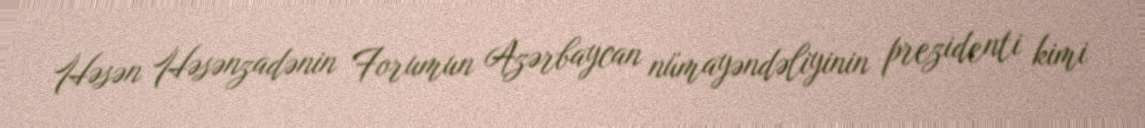
Həsən Həsənzadənin Forumun Azərbaycan nümayəndəliyinin prezidenti kimi